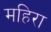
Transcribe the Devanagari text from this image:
महिरा